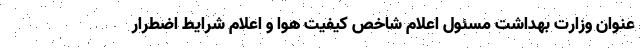
عنوان وزارت بهداشت مسئول اعلام شاخص کیفیت هوا و اعلام شرایط اضطرار